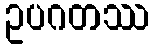
ဥပဂတဿ